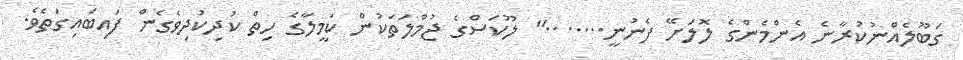
ގަބޫލެއްނުކުރާނެ އެންމެންގެ ލޮލަށޭ ފެނުނީ......." ލޫކަސްގެ ޖުމްލަތަކުން ކަމީލާގެ ހިތް ކުދިކުދިވެގެން ފައިބައިގަތެވެ.